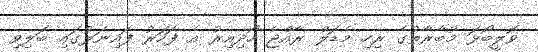
ވޮލީބޯޅަ މުބާރާތުގެ ރިހި މެޑަލް ރާއްޖެ ހޯދިއިރު އެ ފަހަރު ފައިނަލުގައި ބަލިވި